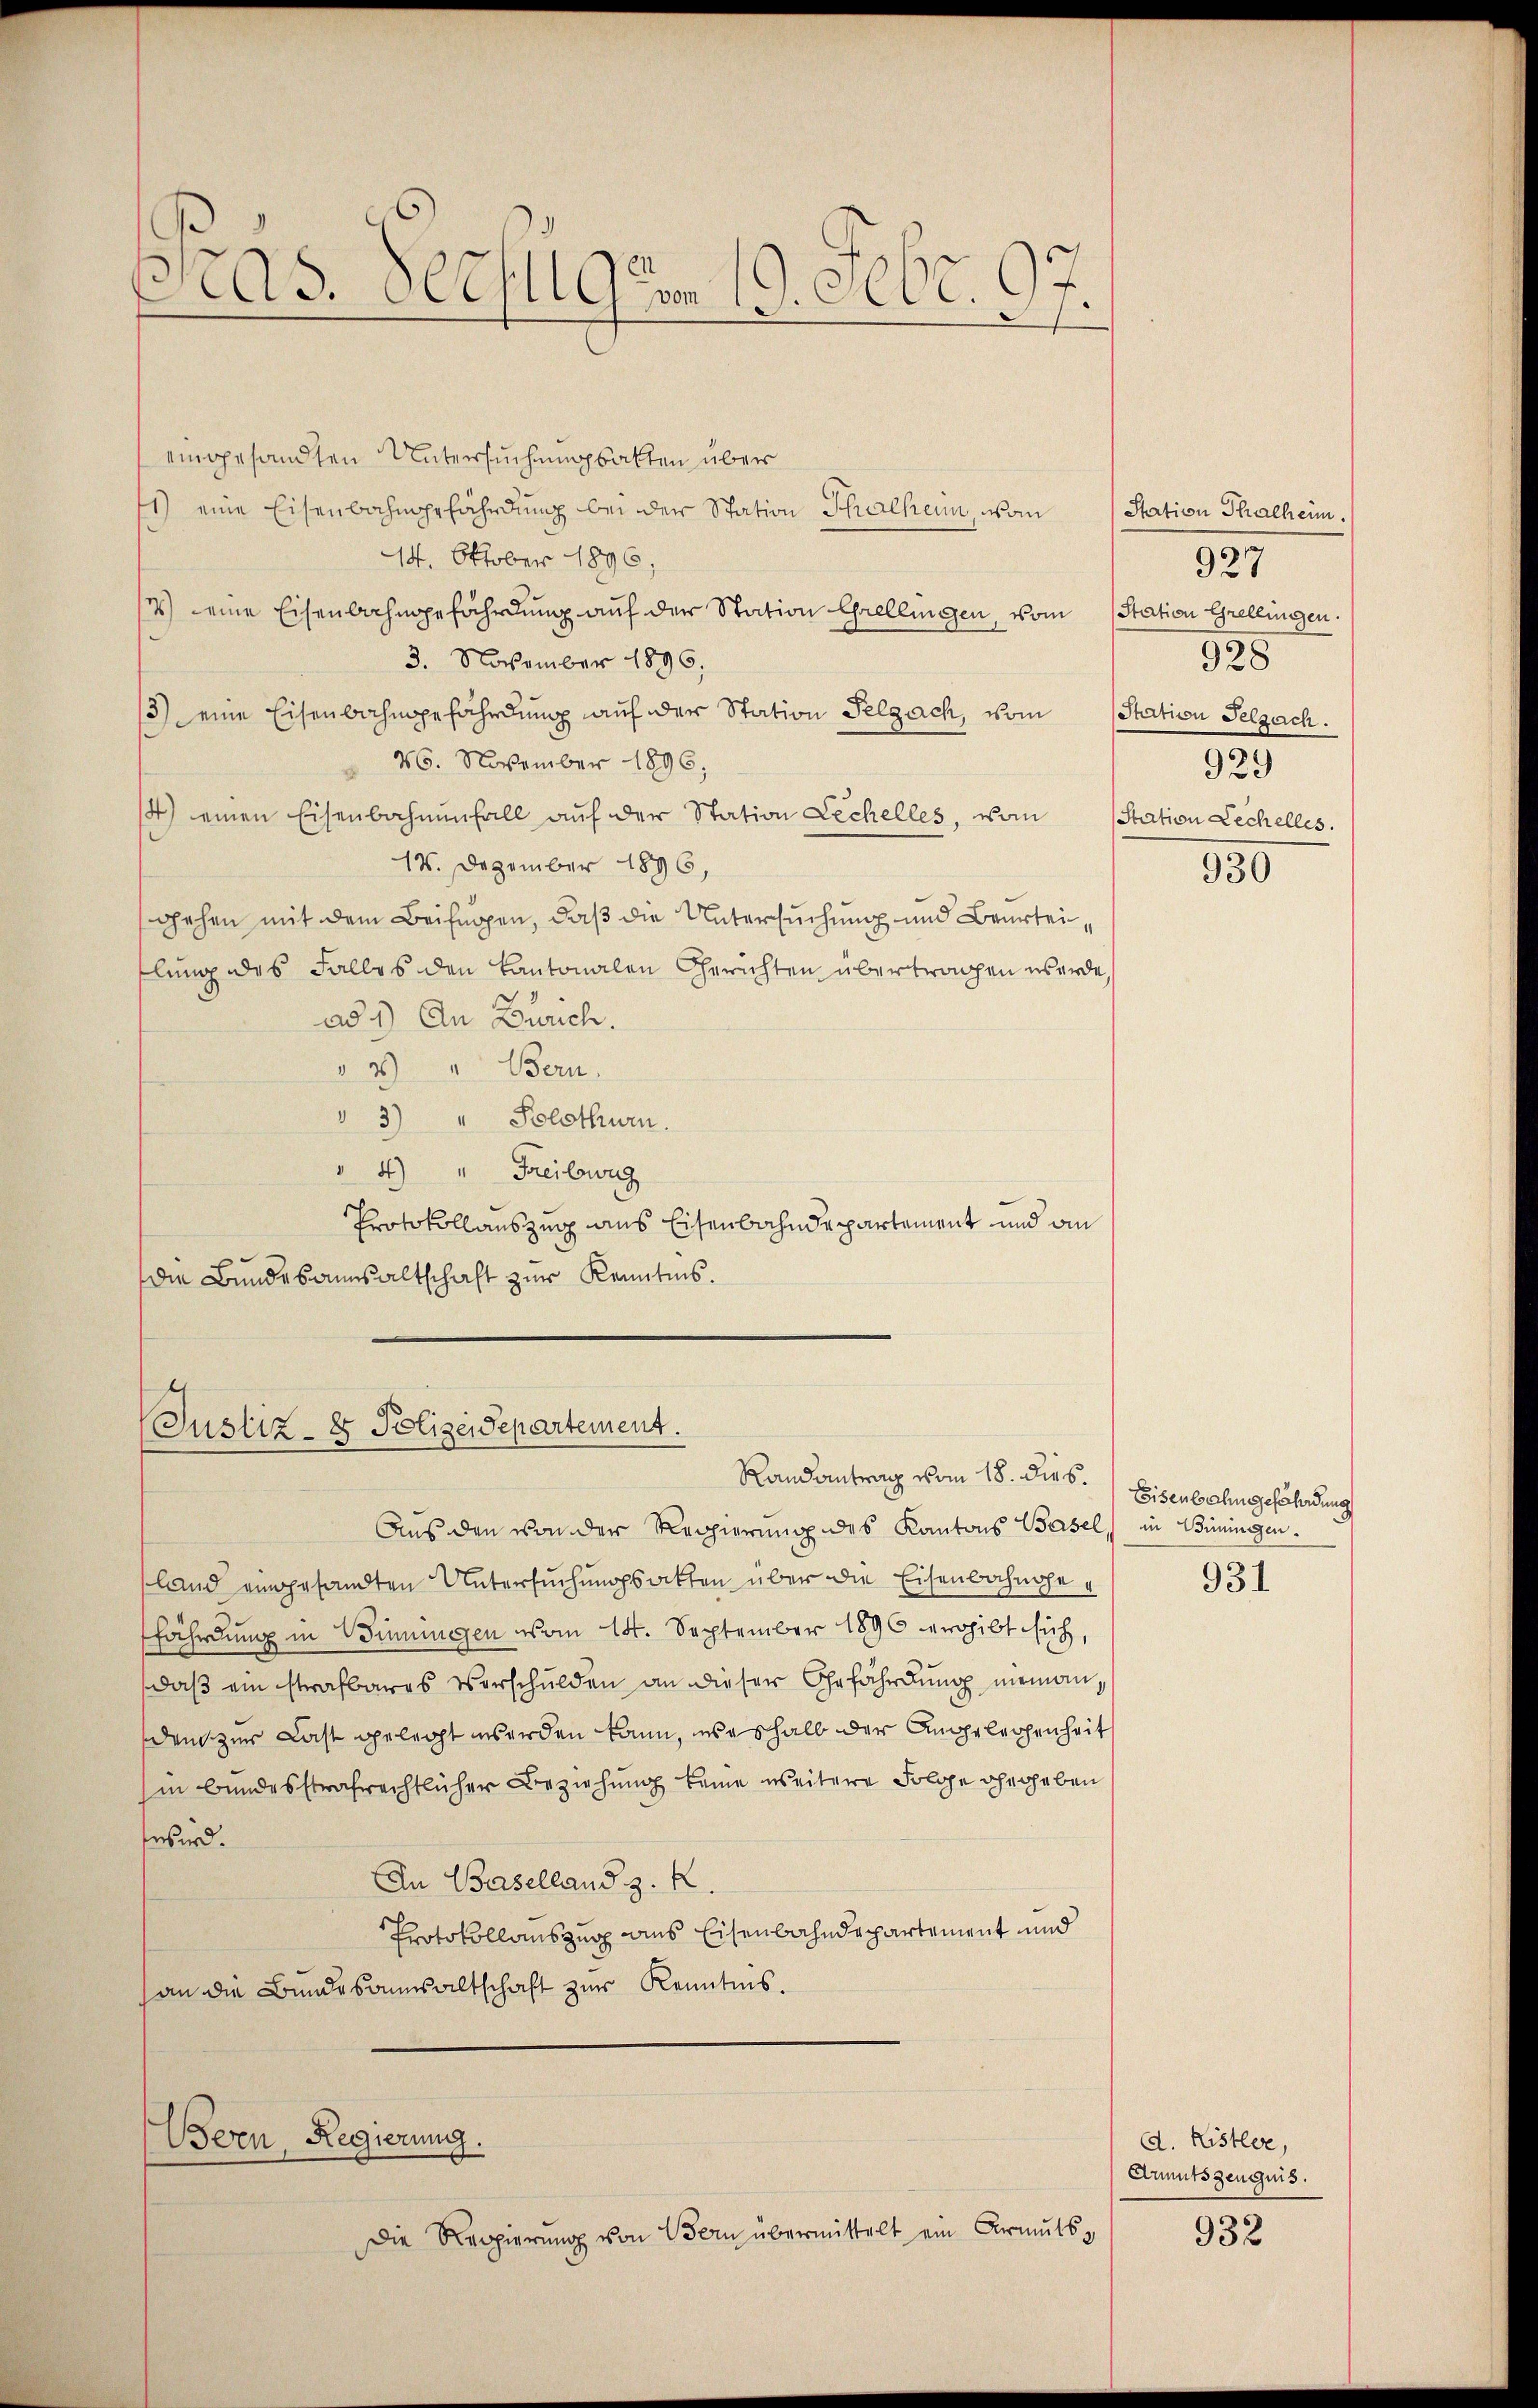
Präs. Secfug vom 19. Febr. 97.

eingesandten Untersuchungsakten über
1) eine Eisenbahngefährdung bei der Station Thalheim, vom Station Thalheim.
14. Oktober 1896;
7) eine Eisenbahngefährdung auf der Station Ehellingen, vom Station Grellingen
3. November 1896,
3) eine Eisenbahngefährdung auf der Station Pelgach, vom Station Pelzeich.
26. November 1896;
4) einen Eisenbahnenfall aŭf der Station Lechelles, vom Station Lechelles.
14. Dezember 1896,
gehen mit dem Beifügen, daß die Untersuchung und Beurteilung des Falles den Kantonalen Gerichten übertragen werde,
ad 1) An Zürich.
" 2 " Bern.
 3) " Solothurn.
4) " Freibwig
Protokollauszug aus Eisenbahndepartement und an
die Bundesannsaltschaft zur Kenntnis.

(Justiz- & Polizeidepartement.

Bern, Regierung.

Die Reppierung von Bern übermittelt ein Armutsz

Randantrag vom 18. dies.

Aus den von der Regierung des Kantons Basel, in Büningen.
land eingesandten Untersuchungsakten über die Eisenbahngefährdung in Winningen vom 14. September 1890 ergibt sich,
daß ein strafbares Verschulden an dieser Gefährdung niemandem zur Last gelegt werden kann, weshalb der Angelegenheit
in bundesstrafrechtlicher Beziehung keine weitere Folge gegeben
wird.
In Baselland z. R.
Protokollauszug aus Eisenbahndepartement und
an die Bundesannsaltschaft zur Kenntnis.

927
928
929

930

Eisenbahngefährdung

931

d. Kister,
Anmutszeugnis.

932